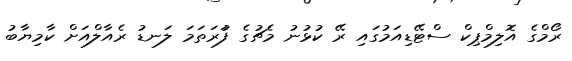
ރޯމްގެ އޮލިމްޕިކް ސްޓޭޑިއަމުގައި ރޭ ކުޅުނު މެޗުގެ ފަުރަތަމަ ލަނޑު ރެއާލްއަށް ކާމިޔާބު